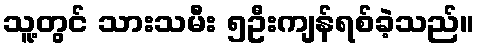
သူ့တွင် သားသမီး ၅ဦးကျန်ရစ်ခဲ့သည်။